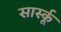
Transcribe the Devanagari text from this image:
सार्स्कू